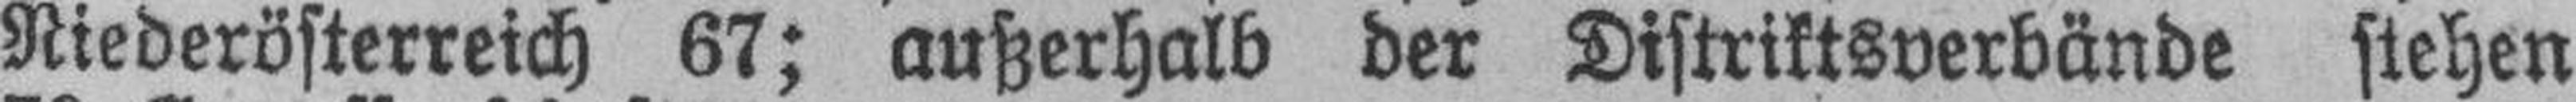
Niederösterreich 67; außerhalb der Distriktsverbände stehen